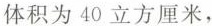
体积为40立方厘米，